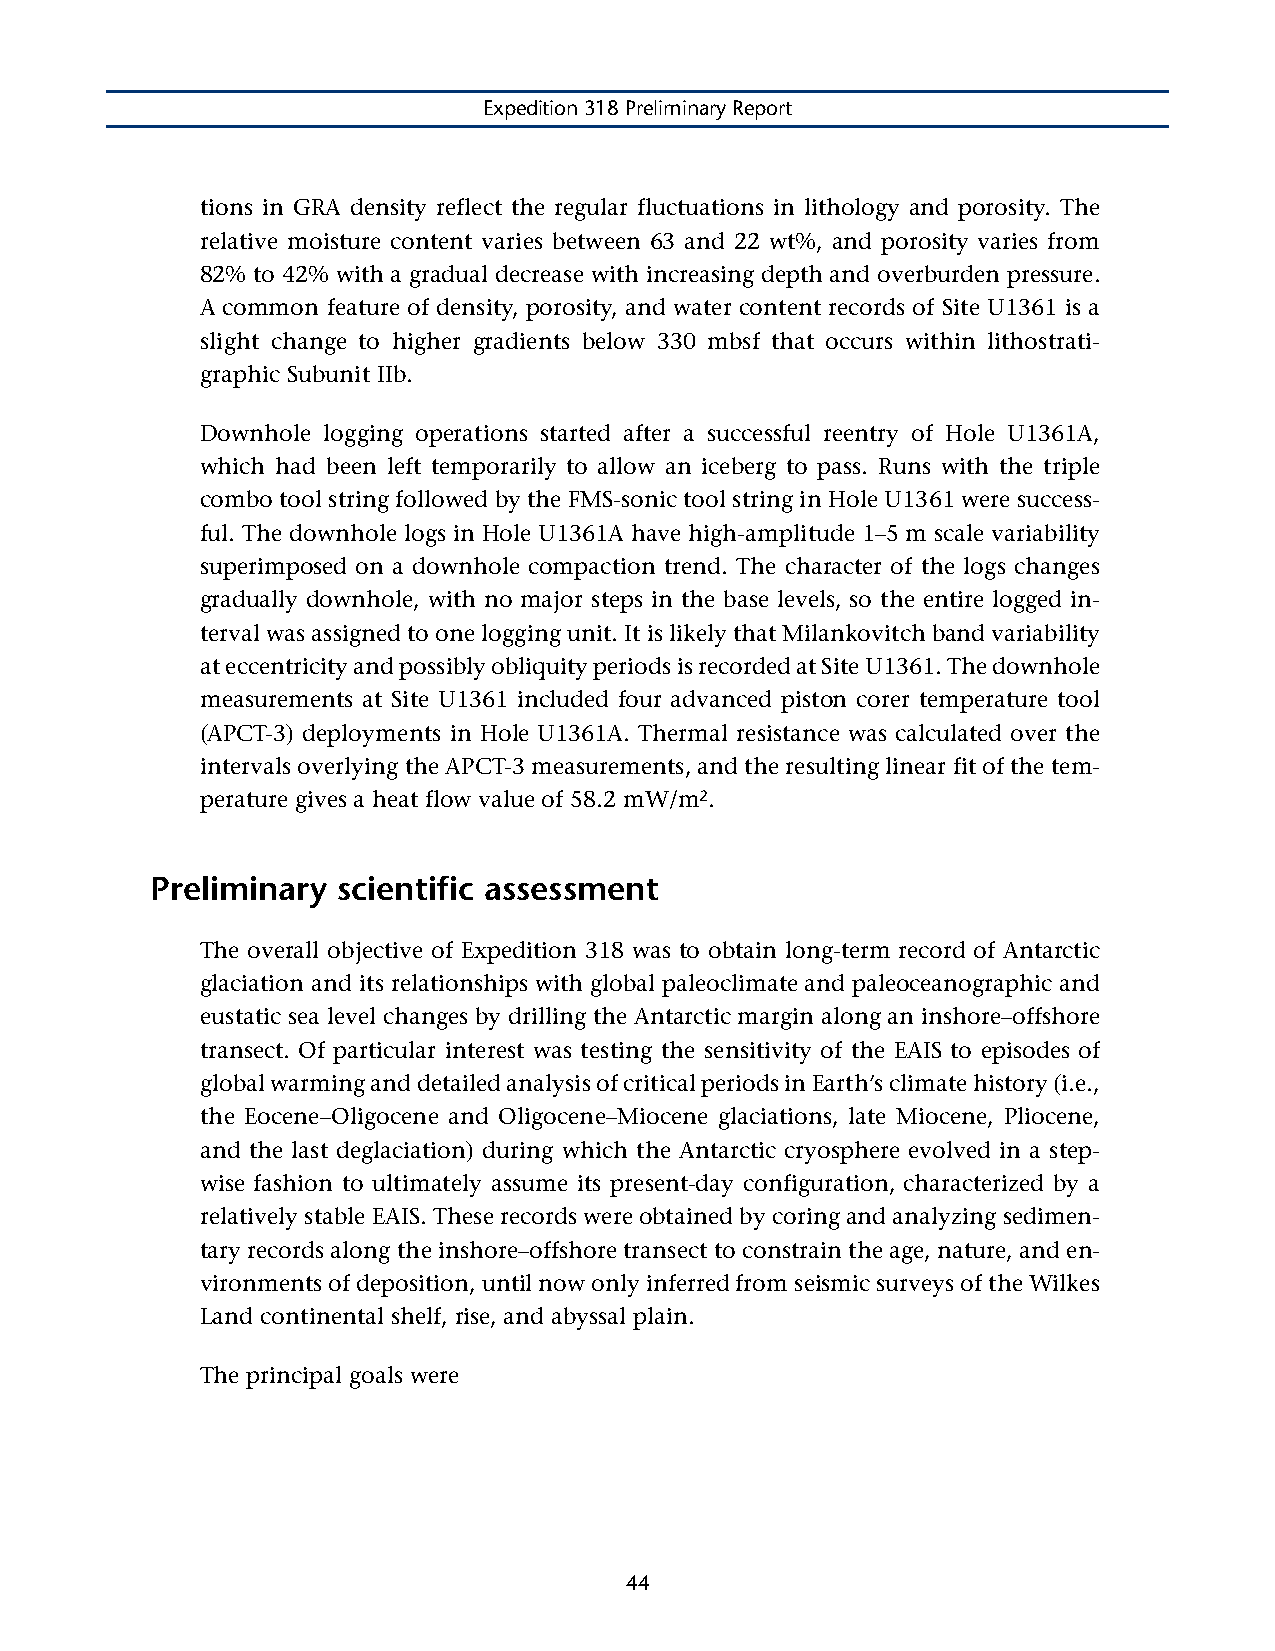
Expedition 318 Preliminary Report
 tions in GRA density reflect the regular fluctuations in lithology and porosity. The
 relative moisture content varies between 63 and 22 wt%, and porosity varies from
 82% to 42% with a gradual decrease with increasing depth and overburden pressure.
 A common feature of density, porosity, and water content records of Site U1361 is a
 slight change to higher gradients below 330 mbsf that occurs within lithostrati-
 graphic Subunit IIb.
 Downhole logging operations started after a successful reentry of Hole U1361A,
 which had been left temporarily to allow an iceberg to pass. Runs with the triple
 combo tool string followed by the FMS-sonic tool string in Hole U1361 were success-
 ful. The downhole logs in Hole U1361A have high-amplitude 1–5 m scale variability
 superimposed on a downhole compaction trend. The character of the logs changes
 gradually downhole, with no major steps in the base levels, so the entire logged in-
 terval was assigned to one logging unit. It is likely that Milankovitch band variability
 at eccentricity and possibly obliquity periods is recorded at Site U1361. The downhole
 measurements at Site U1361 included four advanced piston corer temperature tool
 (APCT-3) deployments in Hole U1361A. Thermal resistance was calculated over the
 intervals overlying the APCT-3 measurements, and the resulting linear fit of the tem-
 perature gives a heat flow value of 58.2 mW/m2.
 Preliminary scientific assessment
 The overall objective of Expedition 318 was to obtain long-term record of Antarctic
 glaciation and its relationships with global paleoclimate and paleoceanographic and
 eustatic sea level changes by drilling the Antarctic margin along an inshore–offshore
 transect. Of particular interest was testing the sensitivity of the EAIS to episodes of
 global warming and detailed analysis of critical periods in Earth’s climate history (i.e.,
 the Eocene–Oligocene and Oligocene–Miocene glaciations, late Miocene, Pliocene,
 and the last deglaciation) during which the Antarctic cryosphere evolved in a step-
 wise fashion to ultimately assume its present-day configuration, characterized by a
 relatively stable EAIS. These records were obtained by coring and analyzing sedimen-
 tary records along the inshore–offshore transect to constrain the age, nature, and en-
 vironments of deposition, until now only inferred from seismic surveys of the Wilkes
 Land continental shelf, rise, and abyssal plain.
 The principal goals were
 44